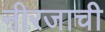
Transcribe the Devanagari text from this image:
नीरजाची